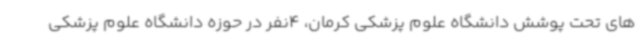
های تحت پوشش دانشگاه علوم پزشکی کرمان، 4نفر در حوزه دانشگاه علوم پزشکی